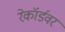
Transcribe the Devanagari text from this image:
रेकॉर्डवर